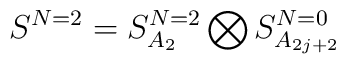
S^{N=2}=S_{A_2}^{N=2}\bigotimes S_{A_{2j+2}}^{N=0}